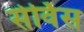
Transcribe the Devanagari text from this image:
सेर्विस